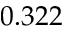
0 . 3 2 2